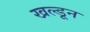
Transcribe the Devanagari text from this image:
खल्डून